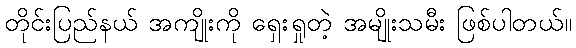
တိုင်းပြည်နယ် အကျိုးကို ရှေးရှုတဲ့ အမျိုးသမီး ဖြစ်ပါတယ်။